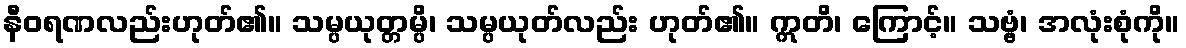
နီဝရဏလည်းဟုတ်၏။ သမ္ပယုတ္တမ္ပိ၊ သမ္ပယုတ်လည်း ဟုတ်၏။ ဣတိ၊ ကြောင့်။ သဗ္ဗံ၊ အလုံးစုံကို။